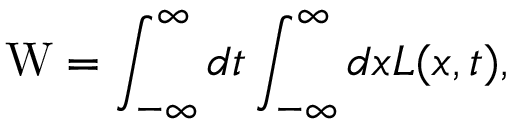
\mathrm { W } = \int _ { - \infty } ^ { \infty } d t \int _ { - \infty } ^ { \infty } d x { \cal L } ( x , t ) ,